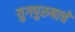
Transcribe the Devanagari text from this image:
युगपुरुषाचे